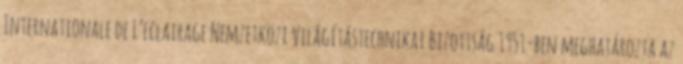
Internationale de L’eclairage Nemzetközi Világítástechnikai Bizottság 1951-ben meghatározta az